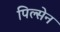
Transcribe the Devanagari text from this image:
पिल्सेन